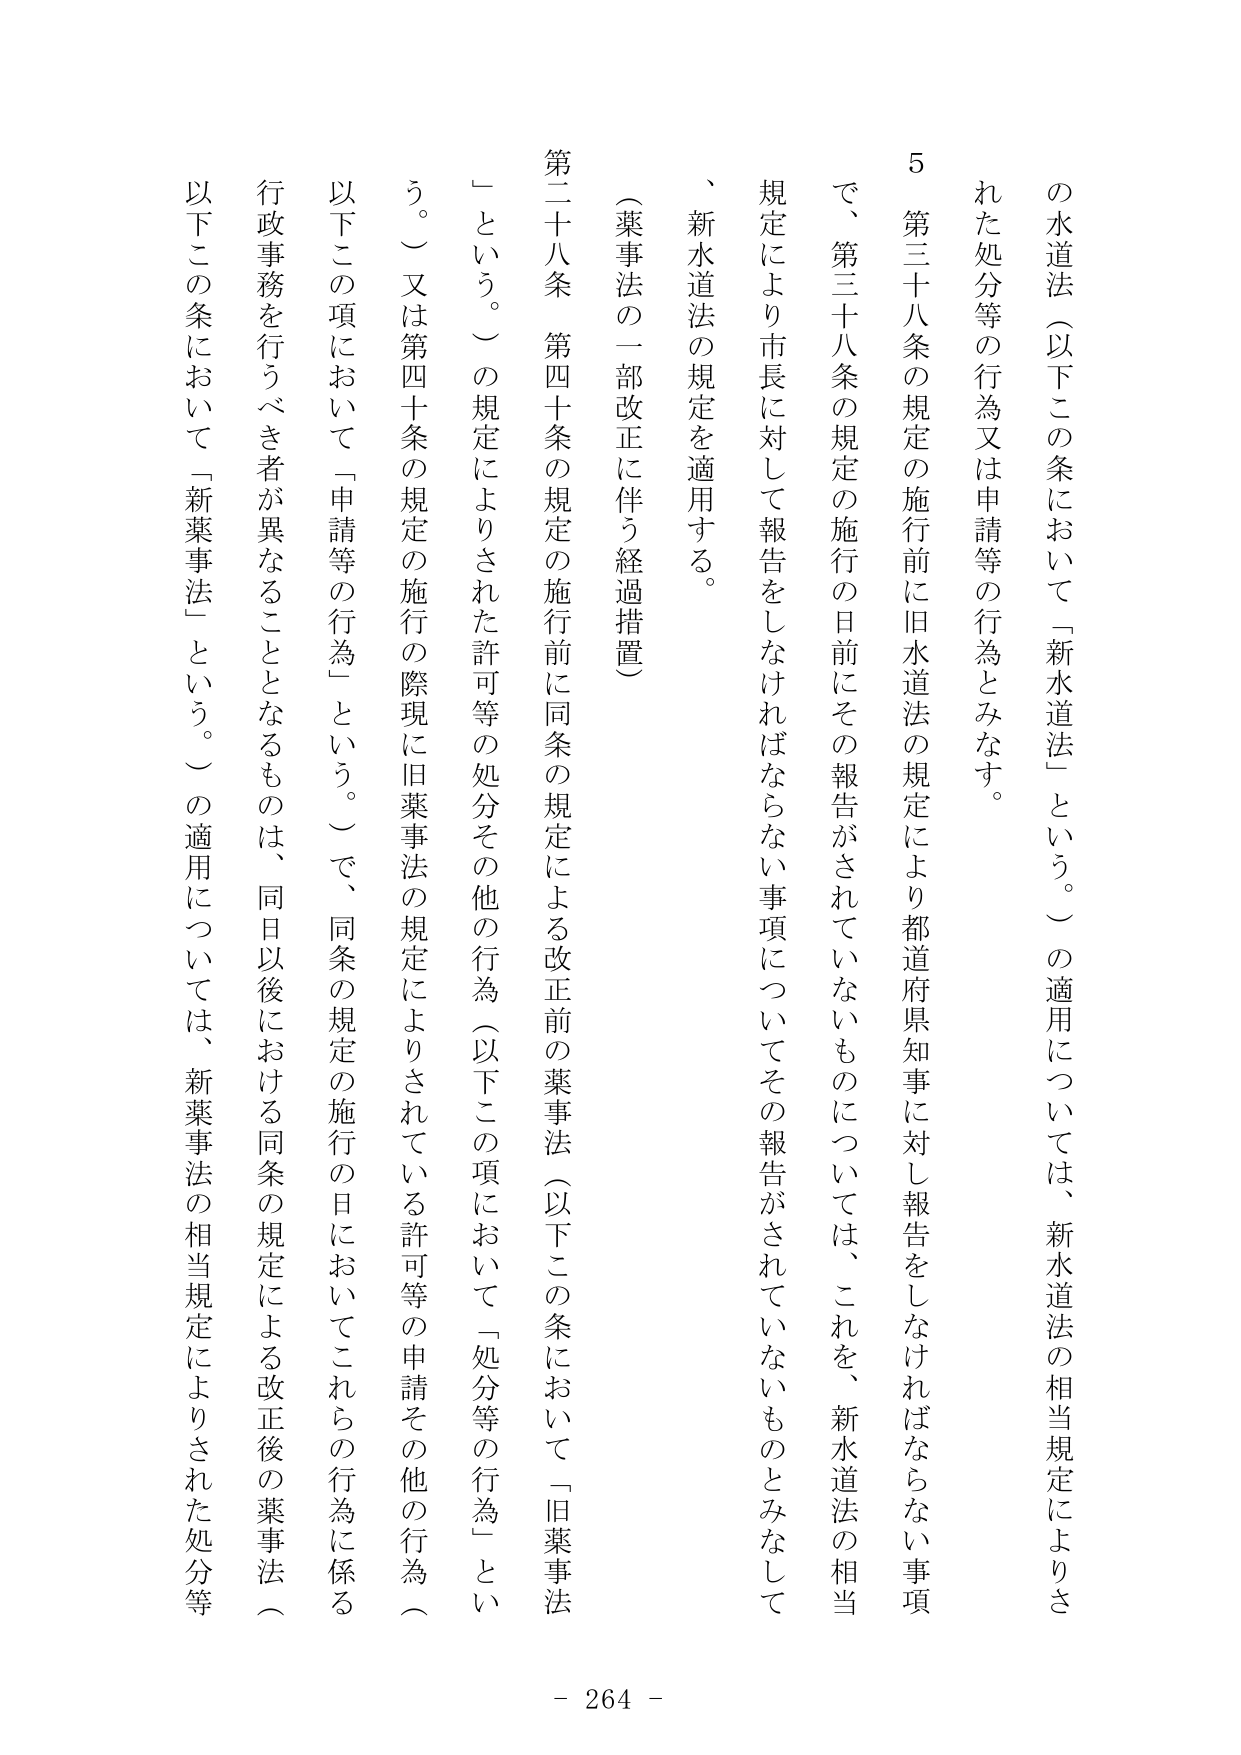
の水道法（以下この条において「新水道法」という。）の適用については、新水道法の相当規定によりされた処分等の行為又は申請等の行為とみなす。

５ 第三十八条の規定の施行前に旧水道法の規定により都道府県知事に対し報告をしなければならない事項で、第三十八条の規定の施行の日前にその報告がされていないものについては、これを、新水道法の相当規定により市長に対して報告をしなければならない事項についてその報告がされていないものとみなして、新水道法の規定を適用する。

（薬事法の一部改正に伴う経過措置）

第二十八条 第四十条の規定の施行前に同条の規定による改正前の薬事法（以下この条において「旧薬事法」という。）の規定によりされた許可等の処分その他の行為（以下この項において「処分等の行為」という。）又は第四十条の規定の施行の際現に旧薬事法の規定によりされている許可等の申請その他の行為（以下この項において「申請等の行為」という。）で、同条の規定の施行の日においてこれらの行為に係る行政事務を行うべき者が異なることとなるものは、同日以後における同条の規定による改正後の薬事法（以下この条において「新薬事法」という。）の適用については、新薬事法の相当規定によりされた処分等

- 264 -